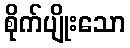
စိုက်ပျိုးသော